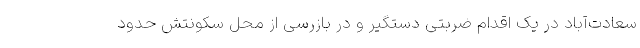
سعادت‌آباد در یک اقدام ضربتی دستگیر و در بازرسی از محل سکونتش حدود